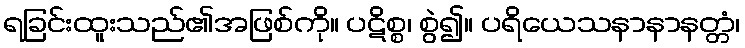
ရခြင်းထူးသည်၏အဖြစ်ကို။ ပဋိစ္စ၊ စွဲ၍။ ပရိယေသနာနာနတ္တံ၊